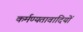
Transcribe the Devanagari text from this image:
कर्मण्यतावादियों